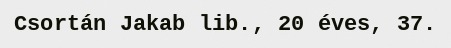
Csortán Jakab lib., 20 éves, 37.